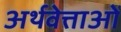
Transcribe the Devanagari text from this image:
अर्थवेत्ताओं